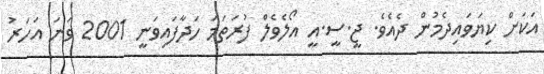
އަކަށް ކިޔަވައިދެމުން ދެއެވެ. ޖީ.ސީ.އީ އޯލެވެލް ފުރަތަމަ ހަދާފައިވަނީ 2001 ވަނަ އަހަރު